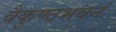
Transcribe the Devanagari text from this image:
वैकुण्ठभवनं